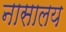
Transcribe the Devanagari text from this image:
नासालय